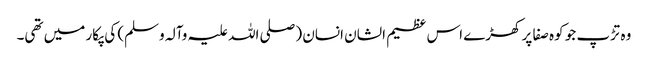
وہ تڑپ جو کوہ صفا پر کھڑے اس عظیم الشان انسان (صلی اللہ علیہ وآلہ وسلم) کی پکار میں تھی۔